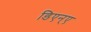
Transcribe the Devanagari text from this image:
डिएन्ए